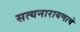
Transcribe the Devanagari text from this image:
सत्यनारायणाचे